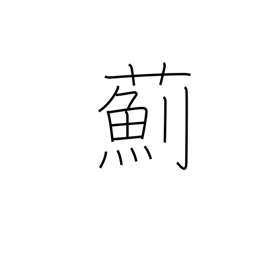
Meaning: thistle